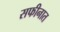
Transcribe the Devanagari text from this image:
सफीनात